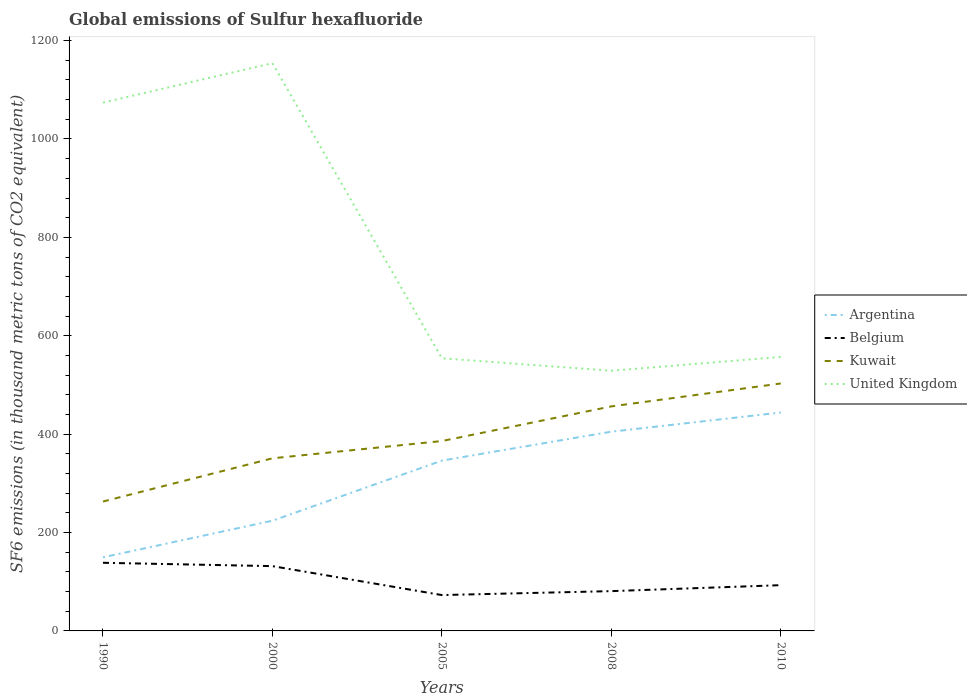
| Years | Argentina | Belgium | Kuwait | United Kingdom |
 | --- | --- | --- | --- | --- |
 | 1990 | 150 | 138 | 263 | 1.07e+03 |
 | 2000 | 224 | 132 | 351 | 1.15e+03 |
 | 2005 | 346 | 72.9 | 386 | 554 |
 | 2008 | 405 | 80.9 | 456 | 529 |
 | 2010 | 444 | 93 | 503 | 557 |